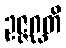
ဥဇ္ဇဂ္ဃတိ